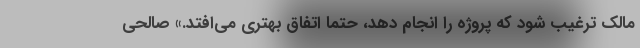
مالک ترغیب شود که پروژه را انجام دهد، حتما اتفاق بهتری می‌افتد.» صالحی